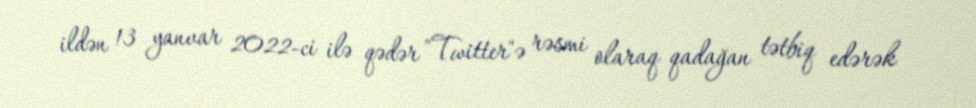
ildən 13 yanvar 2022-ci ilə qədər "Twitter"ə rəsmi olaraq qadağan tətbiq edərək